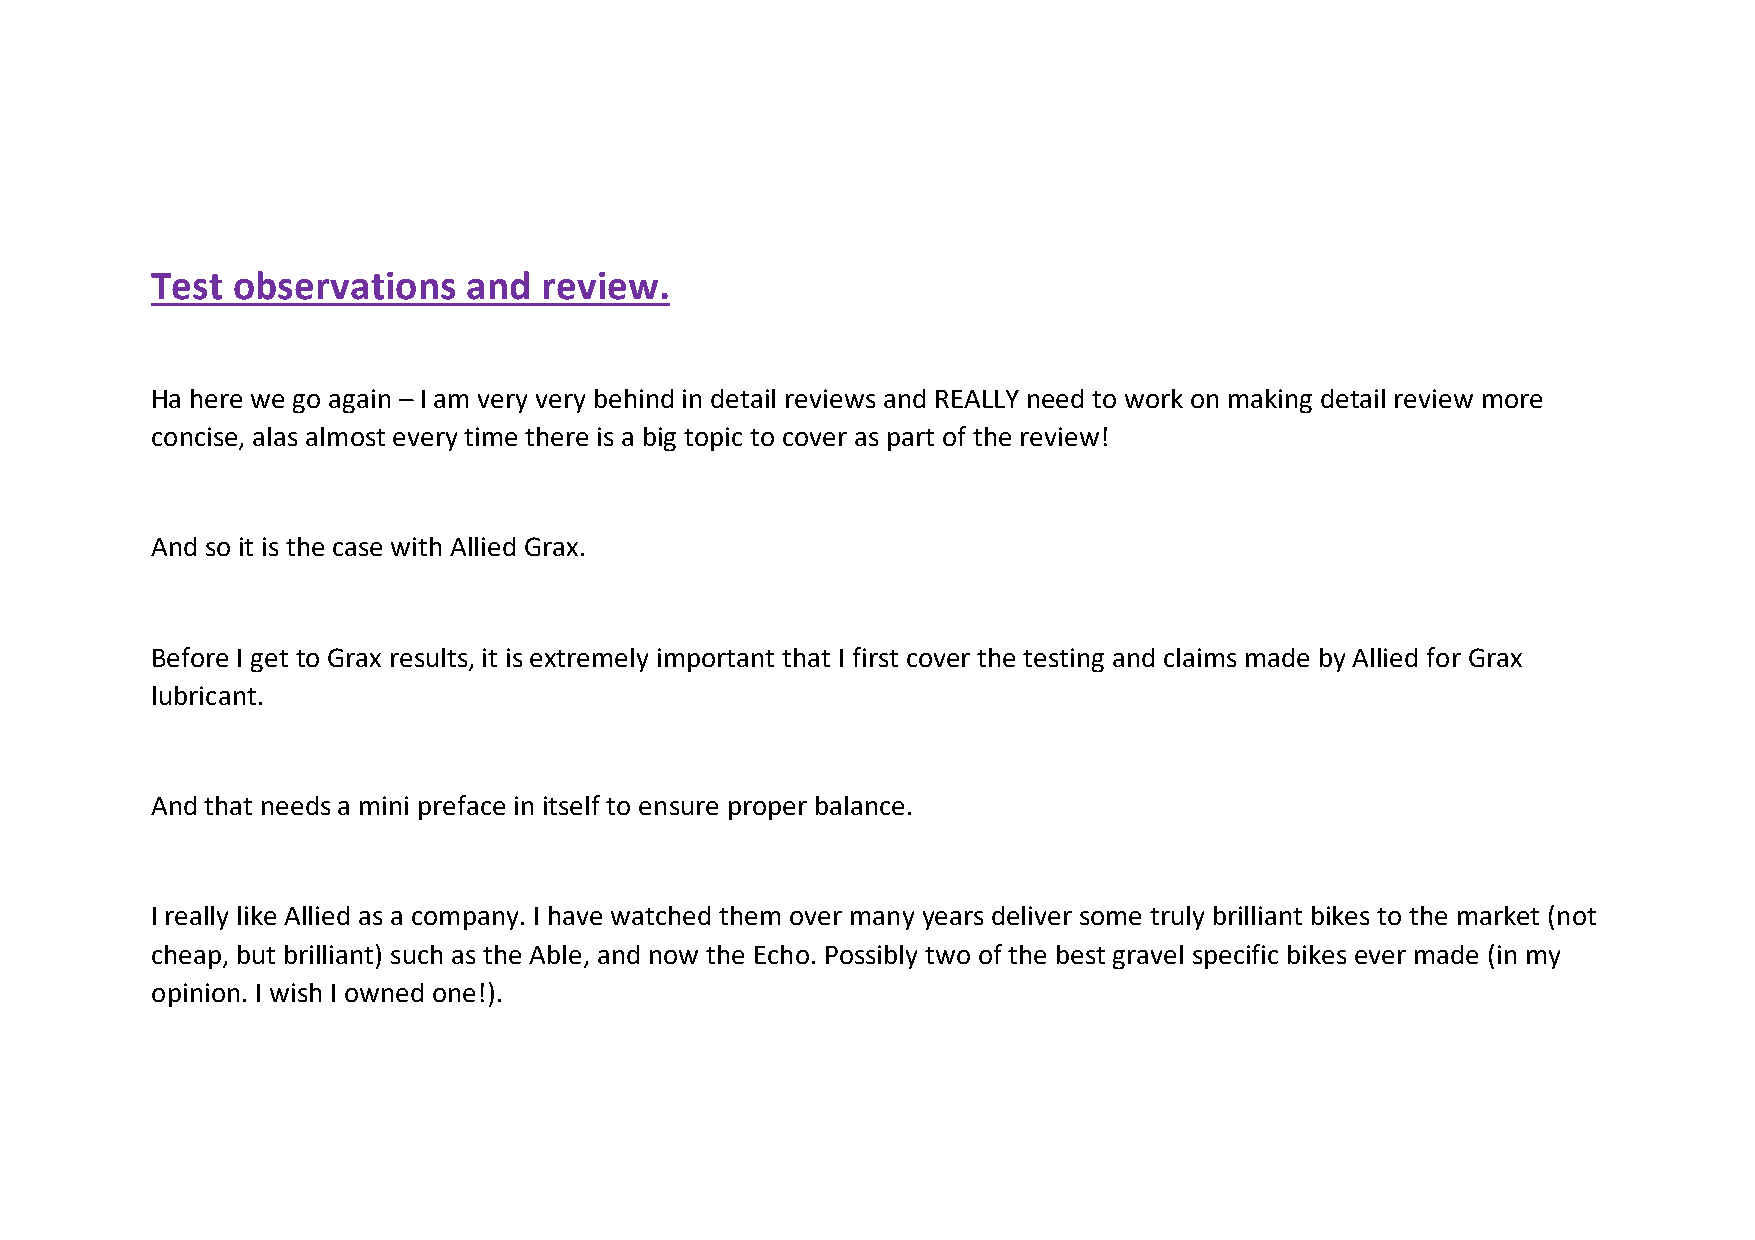
Test observations    and  review.
 Ha here we go again – I am very very behind in detail reviews and REALLY need to work on making detail review more
 concise, alas almost every time there is a big topic to cover as part of the review!
 And so it is the case with Allied Grax.
 Before I get to Grax results, it is extremely important that I first cover the testing and claims made by Allied for Grax
 lubricant.
 And that needs a mini preface in itself to ensure proper balance.
 I really like Allied as a company. I have watched them over many years deliver some truly brilliant bikes to the market (not
 cheap, but brilliant) such as the Able, and now the Echo. Possibly two of the best gravel specific bikes ever made (in my
 opinion. I wish I owned one!).